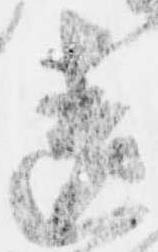
遺